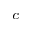
^ c